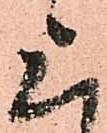
上